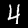
Label: 4